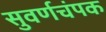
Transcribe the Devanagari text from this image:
सुवर्णचंपक